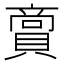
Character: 𮚘